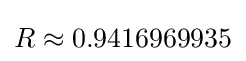
R\approx 0.9416969935